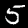
Digit: 5